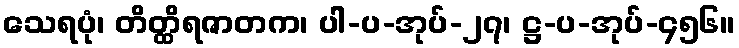
သေရပုံ၊ တိတ္ထိရဇာတက၊ ပါ-ပ-အုပ်-၂၇၊ ဋ္ဌ-ပ-အုပ်-၄၅၆။